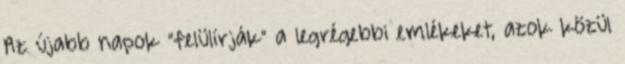
Az újabb napok “felülírják” a legrégebbi emlékeket, azok közül